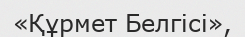
«Құрмет Белгісі»,